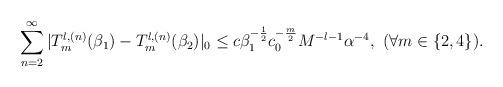
LaTeX: \begin{align*}\sum_{n=2}^{\infty}|T_m^{l,(n)}(\beta_1)- T_m^{l,(n)}(\beta_2)|_0\le c \beta_1^{-\frac{1}{2}} c_0^{-\frac{m}{2}}M^{-l-1}\alpha^{-4},\ (\forall m\in\{2,4\}).\end{align*}